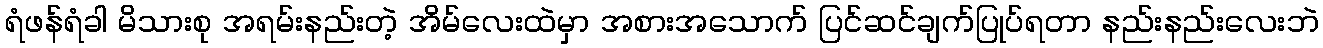
ရံဖန်ရံခါ မိသားစု အရမ်းနည်းတဲ့ အိမ်လေးထဲမှာ အစားအသောက် ပြင်ဆင်ချက်ပြုပ်ရတာ နည်းနည်းလေးဘဲ